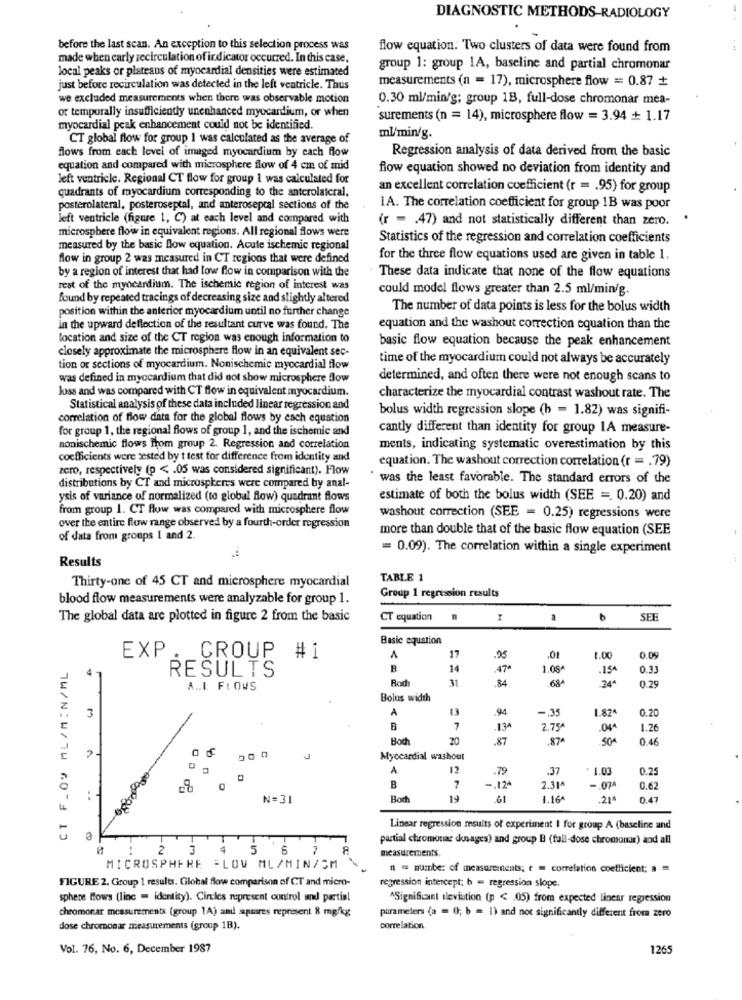
DIAGNOSTIC METHODS-RADIOLOGY
before the last scan. An exception to this selection process was
flow equation. Two clusters of data were found from
made when carly recirculation of indicator occurred. In this case,
local peaks or plateaus of myocardial densities were estimated
group 1: group 1A, baseline and partial chromonar
measurements (n = 17), microsphere flow = 0.87 +
just before recirculation was detected in the left ventricle. Thus
we excluded measurements when there was observable motion
0.30 ml/min/g; group 1B, full-dose chromonar mea-
or temporally insufficiently unenhanced myocardium, or when
surements (n = 14), microsphere flow = 3.94 + 1.17
myocardial peak enhancement could not be identified.
CT global flow for group I was calculated as the average of
ml/min/g.
flows from each level of imaged myocardium by each flow
Regression analysis of data derived from the basic
equation and compared with microsphere flow of 4 cm of mid
flow equation showed no deviation from identity and
left ventricle. Regional CT flow for group i was calculated for
quadrants of myocardium corresponding to the anterolateral,
an excellent correlation coefficient (r = . 95) for group
posterolateral, posteroseptal, and anterosepcal sections of the
1A. The correlation coefficient for group 1B was poor
left ventricle (figure 1, C) at each level and compared with
(r = . 47) and not statistically different than zero.
.
microsphere flow in equivalent regions. All regional flows were
Statistics of the regression and correlation coefficients
measured by the basic flow equation. Acute ischemic regional
flow in group 2 was measured in CT regions that were defined
for the three flow equations used are given in table 1.
by a region of interest that had low flow in comparison with the
These data indicate that none of the flow equations
rest of the myocardium. The ischemic region of interest was
could model flows greater than 2.5 ml/min/g.
found by repeated tracings of decreasing size and slightly altered
position within the anterior myocardium until no further change
The number of data points is less for the bolus width
in the upward deflection of the resultant curve was found. The
equation and the washout correction equation than the
location and size of the CT region was enough information to
basic flow equation because the peak enhancement
closely approximate the microsphere flow in an equivalent sec-
time of the myocardium could not always be accurately
tion or sections of myocardium. Nonischemie myocardial flow
was defined in myocardium that did not show microsphere flow
determined, and often there were not enough scans to
loss and was compared with CT flow in equivalent myocardium.
characterize the myocardial contrast washout rate. The
Statistical analysis of these data included linear regression and
bolus width regression slope (b = 1.82) was signifi-
correlation of flow data for the global flows by each equation
for group 1, the regional flows of group 1, and the ischemic and
cantly different than identity for group 1A measure-
nonischemic flows from group 2. Regression and correlation
ments, indicating systematic overestimation by this
coefficients were tested by t test for difference from identity and
zero, respectively (p < . 05 was considered significant). Flow
equation. The washout correction correlation (r = . 79)
distributions by CT and microspheres were compared by anal-
was the least favorable. The standard errors of the
ysis of variance of normalized (to global flow) quadrant flows
estimate of both the bolus width (SEE = 0.20) and
from group 1. CT flow was compared with microsphere flow
washout correction (SEE = 0.25) regressions were
over the entire flow range observed by a fourth-order regression
more than double that of the basic flow equation (SEE
of data from groups I and 2.
= 0.09). The correlation within a single experiment
Results
Thirty-one of 45 CT and microsphere myocardial
TABLE 1
Group 1 regression results
blood flow measurements were analyzable for group 1.
The global data are plotted in figure 2 from the basic
CT equation
b
SEE
Basic equation
EXP
CT F_OV ML/M : N/ML
CROUP # 1
A
17
25
.01
1.00
0.09
4
B
14
.47*
1.08
.15^
0.33
RESULTS
Rod
31
34
68A
24^
0.29
A .. L FLOWS
Bolus width
A
13
.94
-. 35
1.82
0.20
3
F
7
13
2.75
1.26
Boch
20
.87
.87ª
0.46
Myocardial washout
A
12
.79
.37
: 1.03
0.25
B
7
-. 124
2.31
-. 074
0.62
..
N=31
Both
19
.61
1.16
.21^
0.47
Linear regression results of experiment I for group A (baseline und
partial chromonas dosages) and group B (full-dose chromonar) and all
2 3 4 5 6
7
measurements.
MICROSPHERE =LOW ML/MIN/CM
n = number of measureinents; r = correlation coefficient; a =
FIGURE 2. Group 1 results. Global flow comparison of CT and micro-
regression intercept; b = regression slope.
sphere flows (linc = identity). Circles represent control and partial
^Significant ileviation (p < 05) from expected linear regression
chromonar measurements (group 1A) and squares represent 8 mg/kg
parameters (a = 0; b = 1) and not significantly different from zero
dose chromonar measurements (group 1B).
correlation.
Vol. 76, No. 6, December 1987
1265